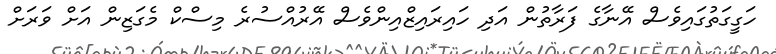
ހަގީގަތުގައިވެސް އޭނާގެ ފަރާތުން އަދި ހައިރައިޒްއިންވެސް އޭރުއްސުރެ މިސްކް މެގަޒިން އަށް ވަރަށް